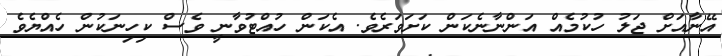
އޭނާއަށް ޖަލު ހުކުމެއް އަންނާނެކަން ކަށަވަރެވެ. އެކަން ހުއްޓުވާނީ ވެސް ކިހިނަކުން ހެއްޔެވެ